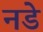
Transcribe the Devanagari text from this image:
नडे